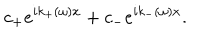
LaTeX: c _ { + } e ^ { i k _ { + } ( \omega ) x } + c _ { - } e ^ { i k _ { - } ( \omega ) x } .